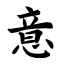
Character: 意